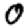
Digit: 0